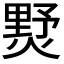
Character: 𤍓